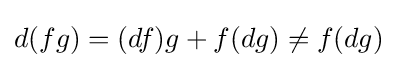
d(fg)=(df)g+f(dg)\neq f(dg)